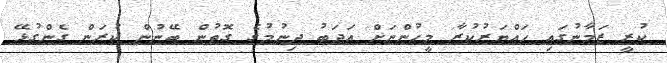
ކުރީ ޒަމާނުގައި ހައްޔަރުކުރާ މީހުންނަށް އަދަބު ދިނުމުގެ ގޮތުން ބޭނުން ކުރަން ގެންގުޅޭ